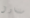
ستتناول